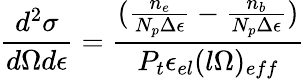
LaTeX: \frac{d^{2}\sigma}{d\Omega d\epsilon}=\frac{(\frac{n_{e}}{N_{p}\Delta\epsilon}-\frac{n_{b}}{N_{p}\Delta\epsilon})}{P_{t}\epsilon_{el}(l\Omega)_{eff}}